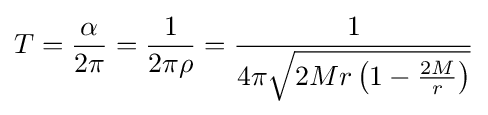
T={\frac {\alpha }{2\pi }}={\frac {1}{2\pi \rho }}={\frac {1}{4\pi {\sqrt {2Mr\left(1-{\frac {2M}{r}}\right)}}}}